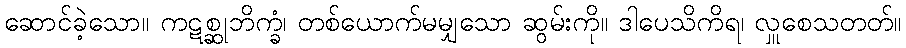
ဆောင်ခဲ့သော။ ကဋစ္ဆုဘိက္ခံ၊ တစ်ယောက်မမျှသော ဆွမ်းကို။ ဒါပေသိကိရ၊ လှူစေသတတ်။